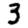
Digit: 3